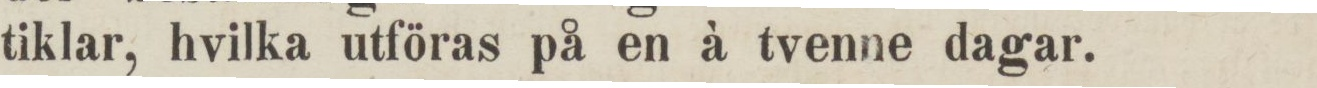
tiklar, hvilka utföras på en à tvenne dagar.